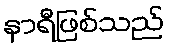
နာရီဖြစ်သည်